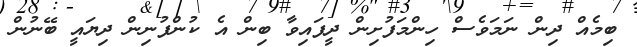
ބިމެއް ދިން ނަމަވެސް ހިންމަފުށިން ދީފައިވާ ބިން އެ ކުންފުނިން ދިޔައީ ބޭނުން